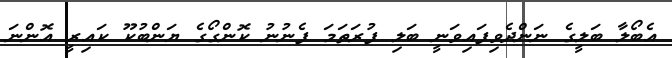
އެބޯލާ ބަލީގެ ނަންދެވިފައިވަނީ ބަލި ފުރަތަމަ ފެނުނު ކޮންގޯގެ ޔަންބުކޫ ކައިރީ އޮންނަ